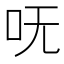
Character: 呒